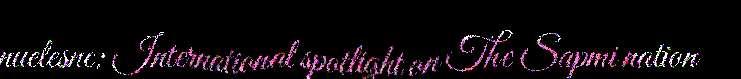
nuelesne: International spotlight on The Sapmi nation